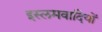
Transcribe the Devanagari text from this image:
इस्लमवादियों